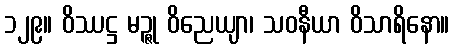
၁၂၉။ ဝိဿဋ္ဌ မဉ္ဇု ဝိညေယျာ၊ သဝနီယာ ဝိသာရိနော။